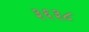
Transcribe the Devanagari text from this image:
३६३८